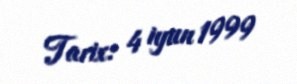
Tarix: 4 iyun 1999